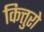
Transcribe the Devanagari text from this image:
कित्तुरो